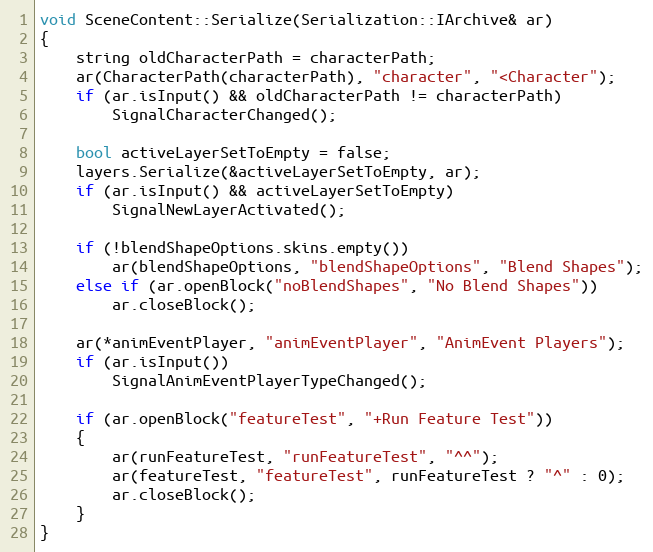
Language: C++
void SceneContent::Serialize(Serialization::IArchive& ar)
{
	string oldCharacterPath = characterPath;
	ar(CharacterPath(characterPath), "character", "<Character");
	if (ar.isInput() && oldCharacterPath != characterPath)
		SignalCharacterChanged();

	bool activeLayerSetToEmpty = false;
	layers.Serialize(&activeLayerSetToEmpty, ar);
	if (ar.isInput() && activeLayerSetToEmpty)
		SignalNewLayerActivated();

	if (!blendShapeOptions.skins.empty())
		ar(blendShapeOptions, "blendShapeOptions", "Blend Shapes");
	else if (ar.openBlock("noBlendShapes", "No Blend Shapes"))
		ar.closeBlock();

	ar(*animEventPlayer, "animEventPlayer", "AnimEvent Players");
	if (ar.isInput())
		SignalAnimEventPlayerTypeChanged();

	if (ar.openBlock("featureTest", "+Run Feature Test"))
	{
		ar(runFeatureTest, "runFeatureTest", "^^");
		ar(featureTest, "featureTest", runFeatureTest ? "^" : 0);
		ar.closeBlock();
	}
}